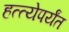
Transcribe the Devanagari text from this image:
हत्त्येपर्यंत